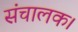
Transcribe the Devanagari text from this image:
संचालक।